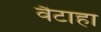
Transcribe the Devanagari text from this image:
वैटाहा